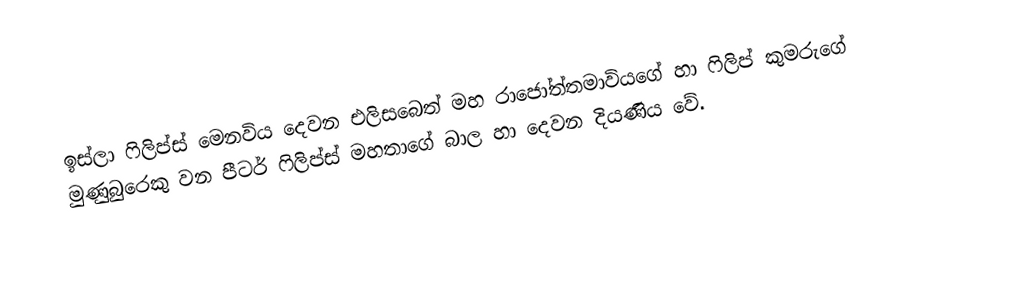
ඉස්ලා ෆිලිප්ස් මෙනවිය දෙවන එලිසබෙත් මහ රාජෝත්තමාවියගේ හා ෆිලිප් කුමරුගේ මුණුබුරෙකු වන පීටර් ෆිලිප්ස් මහතාගේ බාල හා දෙවන දියණිය වේ.